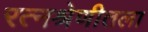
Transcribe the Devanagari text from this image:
रत्नश्रेणीतला